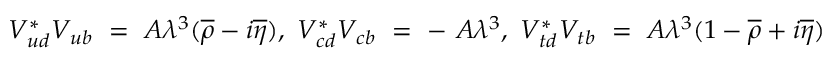
V _ { u d } ^ { \ast } V _ { u b } ~ = ~ A \lambda ^ { 3 } ( \overline { { { \rho } } } - i \overline { { { \eta } } } ) , ~ V _ { c d } ^ { \ast } V _ { c b } ~ = ~ - ~ A \lambda ^ { 3 } , ~ V _ { t d } ^ { \ast } V _ { t b } ~ = ~ A \lambda ^ { 3 } ( 1 - \overline { { { \rho } } } + i \overline { { { \eta } } } )